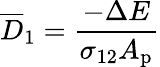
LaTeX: \overline{{D}}_{1}=\frac{-\Delta E}{\sigma_{12}A_{\mathrm{{p}}}}